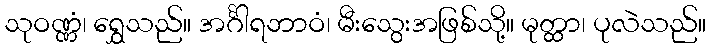
သုဝဏ္ဏံ၊ ရွှေသည်။ အင်္ဂါရဘာဝံ၊ မီးသွေးအဖြစ်သို့။ မုတ္ထာ၊ ပုလဲသည်။